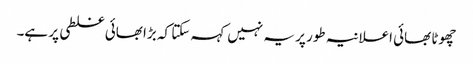
چھوٹا بھائی اعلانیہ طور پر یہ نہیں کہہ سکتا کہ بڑا بھائی غلطی پر ہے۔